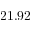
2 1 . 9 2